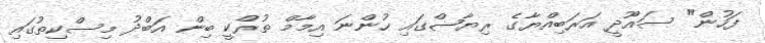
ފަހުން" ސައޫދީ އަރަބިއްޔާގެ ރިޔާޟްގައި ހުންނަ އިމާމް ތުރްކީ ބިން އަބްދު މިސްކިތުގައި